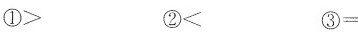
①＞ ②＜ ③=